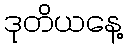
ဒုတိယနေ့